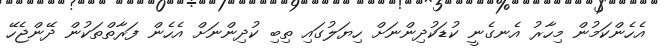
އެހެންކަމުން މިހާރު އެނގެނީ ކުޑަކުދިންނަށް ހިޔަލުގައި ތިބި ކުދިންނަށް އެހެން ފަރާތްތަކުން ދޭންޖެހޭ